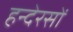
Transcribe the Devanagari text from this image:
हन्देरसों